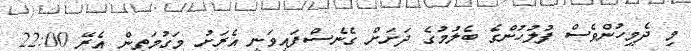
މި ދެމީހުންވެސް ފުލުހުންގެ ބެލުމުގެ ދަށަށް ގެނެސްފައިވަނީ އެރަށު މަގުމަތިން އެރޭ 22:00